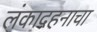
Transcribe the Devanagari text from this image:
लंकादहनाचा